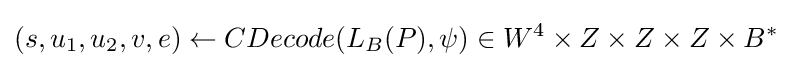
(s,u_{1},u_{2},v,e)\leftarrow CDecode(L_{B}(P),\psi )\in W^{4}\times Z\times Z\times Z\times B^{\ast }